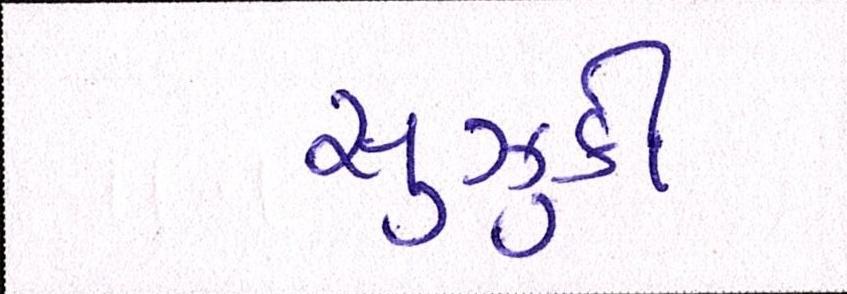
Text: સુઝુકી